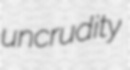
uncrudity